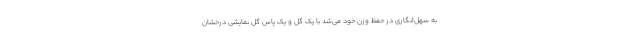
به سهل‌انگاری در حفظ وزن خود می‌شد با یک گل و یک پاس گل نمایشی درخشان